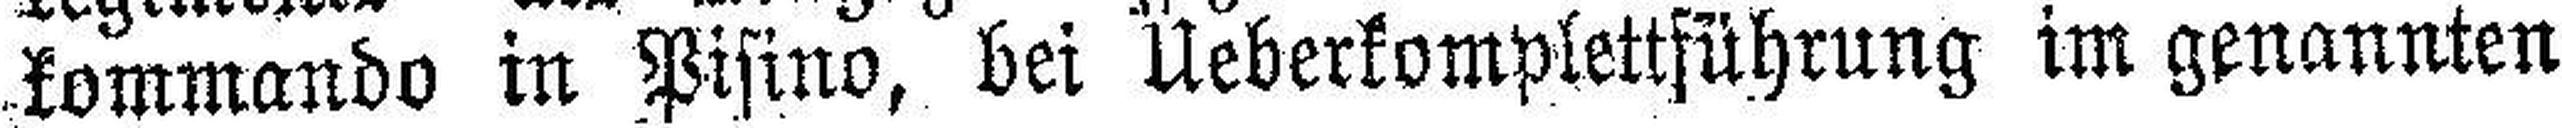
kommando in Pifino, bei Ueberkomplettführung im genannten